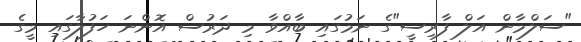
"ސަލްމާން އަލް ފާރިސީ"ގެ ނަމުގައި ބާއްވާ މި ދަރުސް އޮންނަ ހަފުލާގައި މީގެ